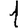
Digit: 1